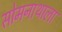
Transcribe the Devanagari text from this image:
सोमनाथाला